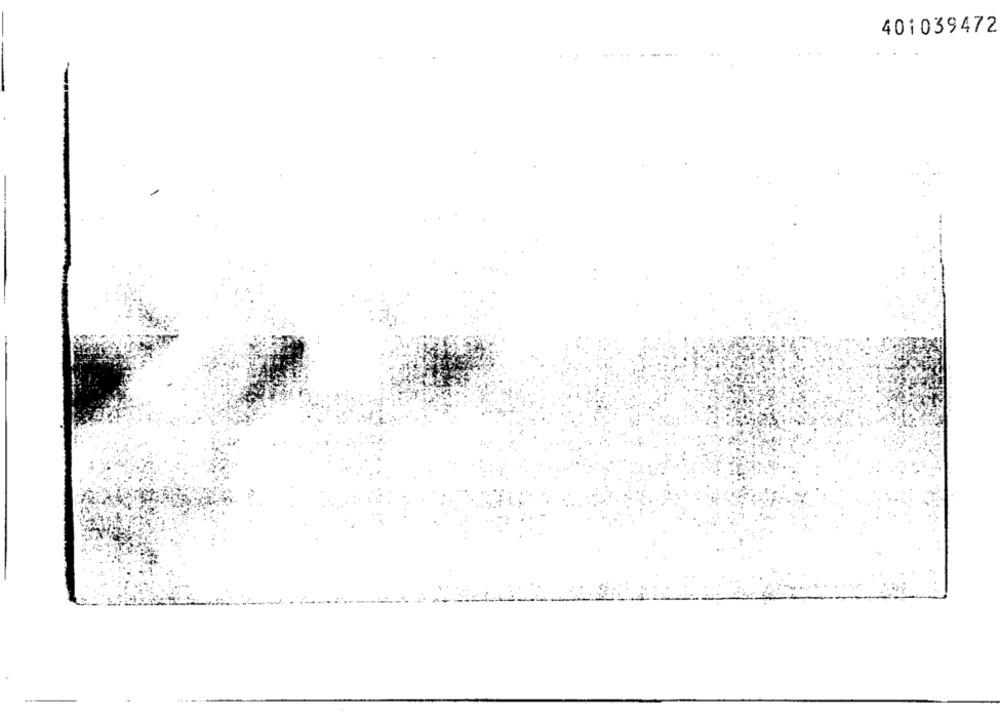
401039472